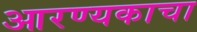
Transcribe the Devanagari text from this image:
आरण्यकाचा